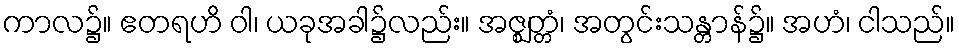
ကာလ၌။ ဧတရဟိ ဝါ၊ ယခုအခါ၌လည်း။ အဇ္ဈတ္တံ၊ အတွင်းသန္တာန်၌။ အဟံ၊ ငါသည်။